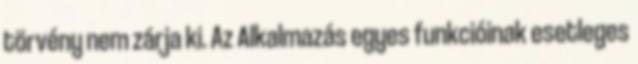
törvény nem zárja ki. Az Alkalmazás egyes funkcióinak esetleges